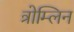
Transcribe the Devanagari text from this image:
त्रोम्लिन